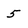
Character: 5